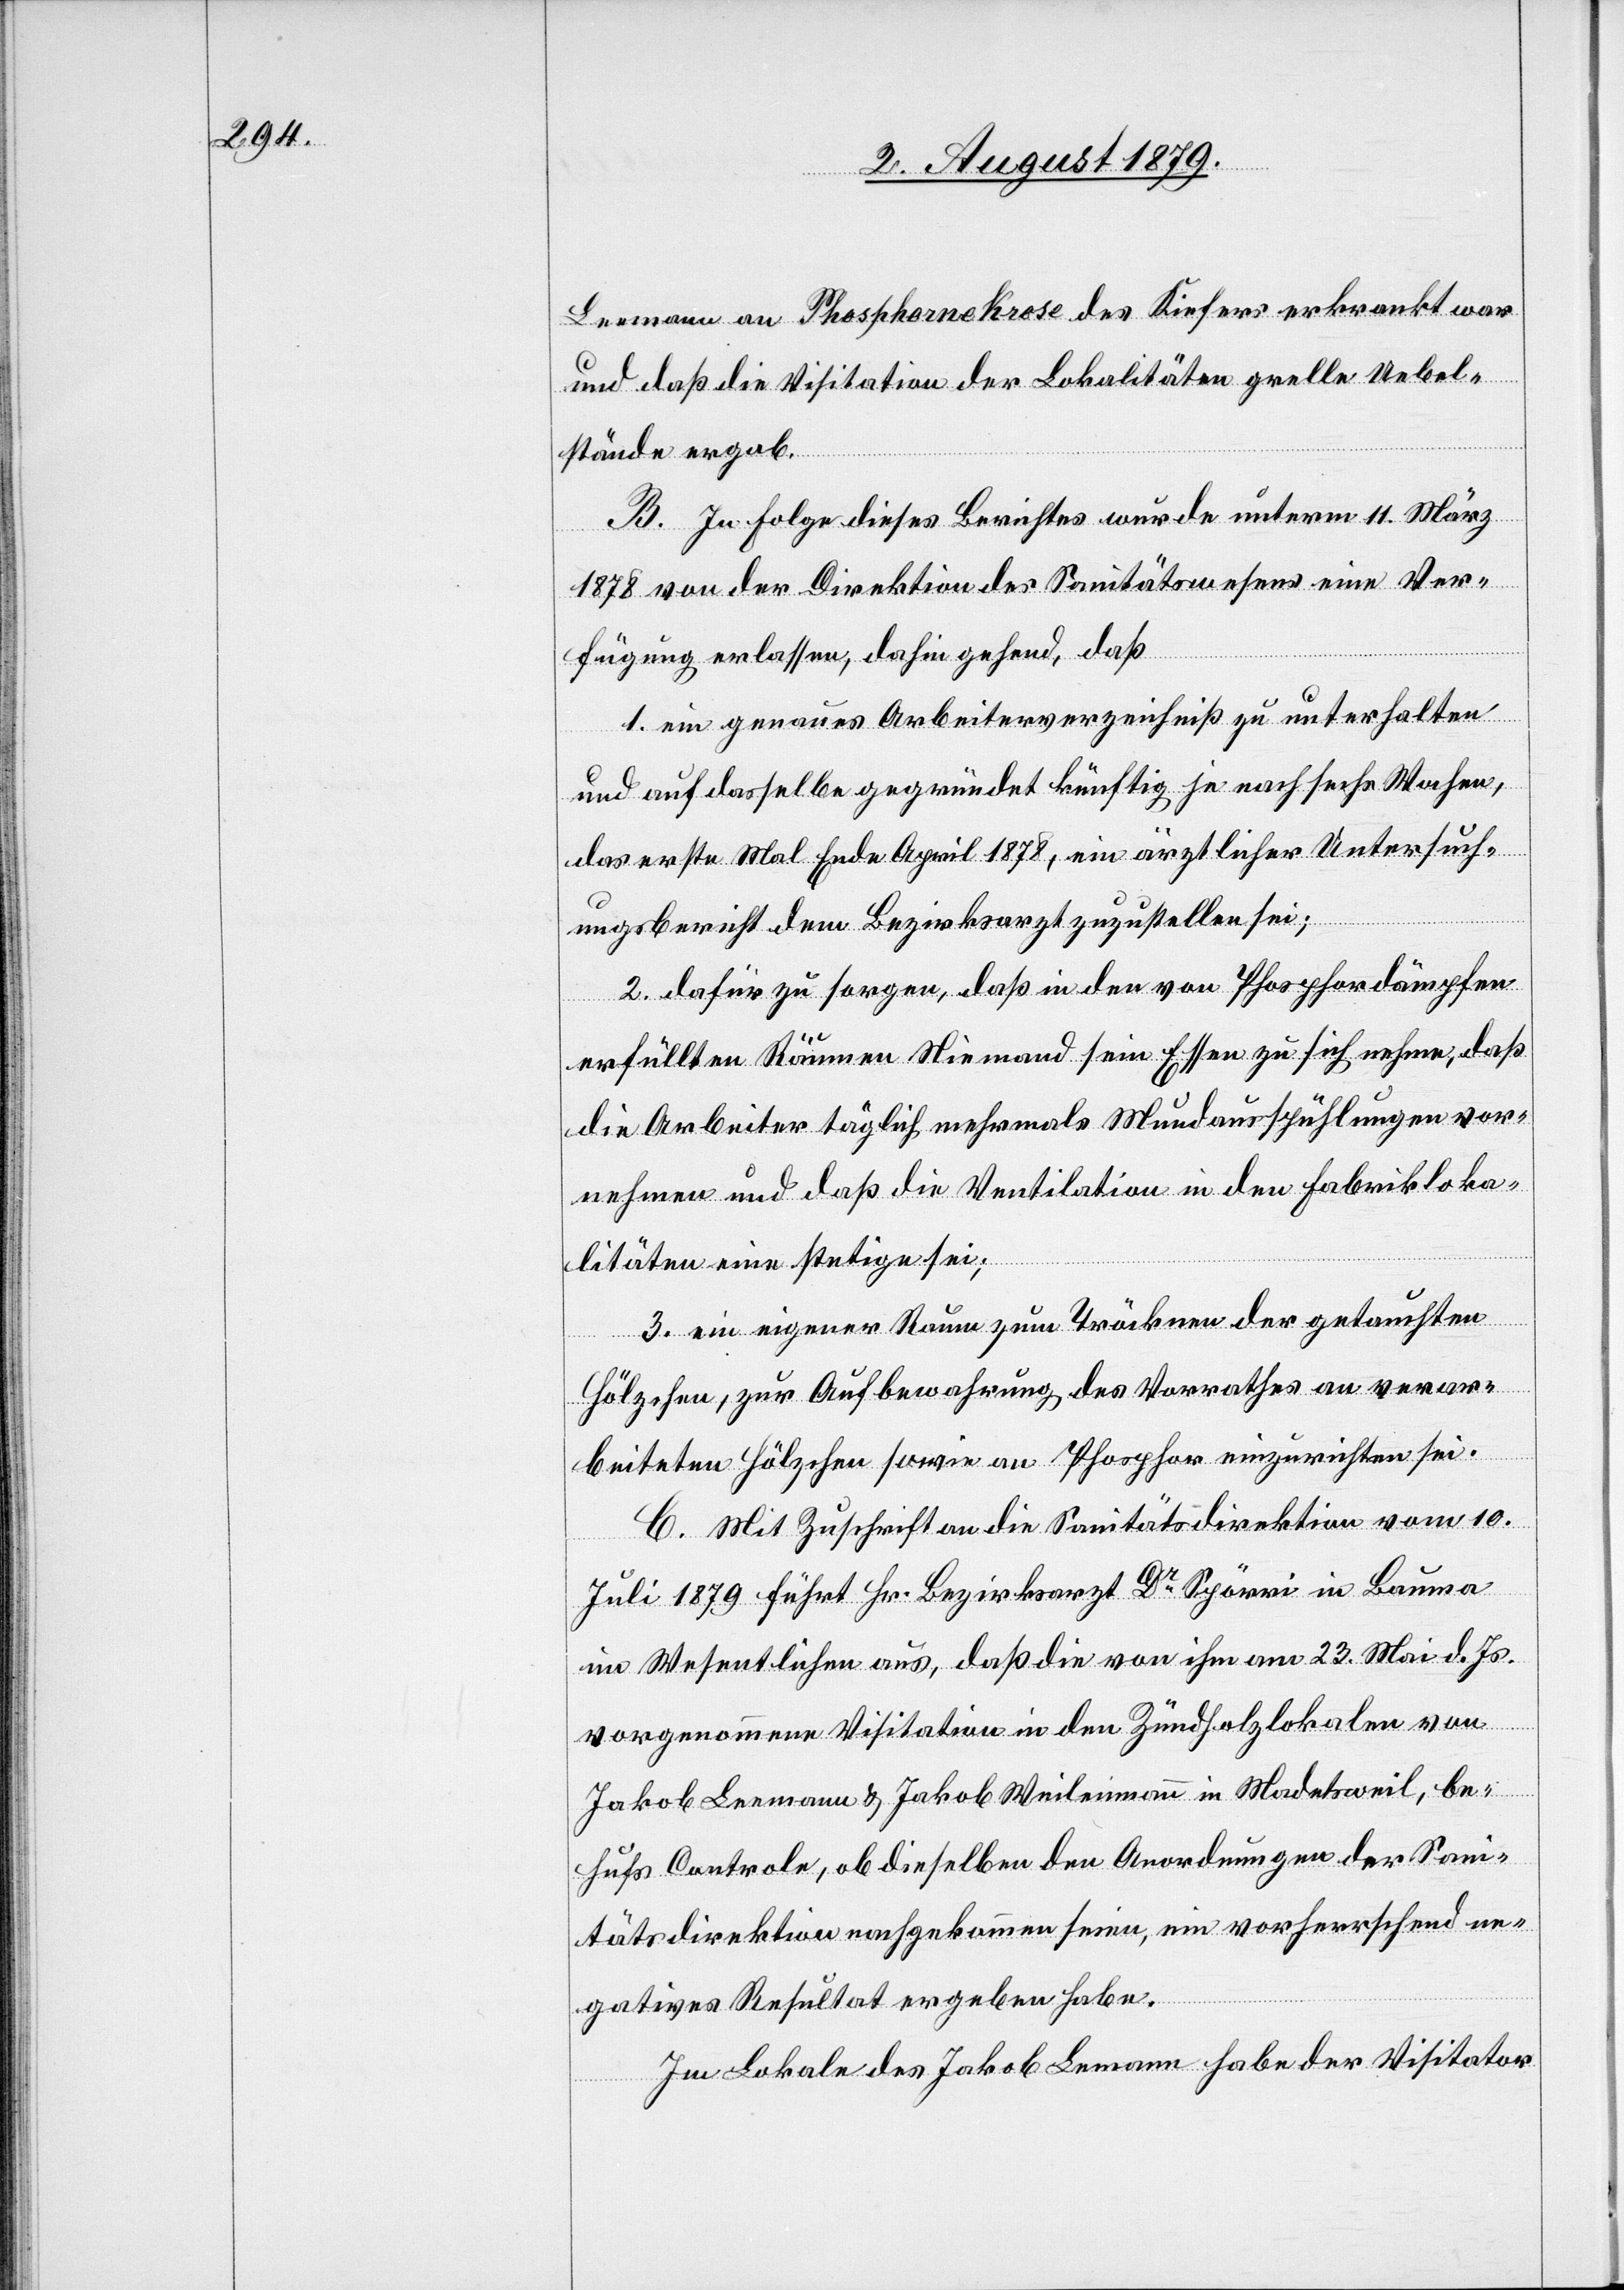
Leemann an Phospornekrose des Kiefers erkrankt war
und daß die Visitation der Lokalitäten grelle Uebel¬
stände ergab.
B. In Folge dieses Berichtes wurde unterm 11. März
1878 von der Direktion des Sanitätswesens eine Ver¬
fügung erlassen, dahin gehend, daß
1. ein genaues Arbeiterverzeichniß zu unterhalten
und auf dasselbe gegründet künftig je nach sechs Wochen,
das erste Mal Ende April 1878, ein ärztlicher Untersuch¬
ungsbericht dem Bezirksarzt zuzustellen sei;
2. dafür zu sorgen, daß in den von Phosphordämpfen
erfüllten Räumen Niemand sein Essen zu sich nehmen, daß
die Arbeiter täglich mehrmals Mundausspühlungen vor¬
nehmen und daß die Ventilation in den Fabrikloka¬
litäten eine stetige sei;
3. ein eigener Raum zum Trocknen der getauchten
Hölzchen, zur Aufbewahrung des Vorrathes an verar¬
beiteten Hölzchen sowie an Phosphor einzurichten sei.
C. Mit Zuschrift an die Sanitätsdirektion vom 10.
Juli 1879 führt Hr. Bezirksarzt Dr Spörri in Bauma
im Wesentlichen aus, daß die von ihm am 23. Mai d. Js.
vorgenommene Visitation in den Zündholzlokalen von
Jakob Leemann & Jakob Weilenmann in Madetsweil, be¬
hufs Controle, ob dieselben den Anordnungen der Sani¬
tätsdirektion nachgekommen seien, ein vorherrschend ne¬
gatives Resultat ergeben habe.
Im Lokale des Jakob Lemann [sic!] habe der Visitator